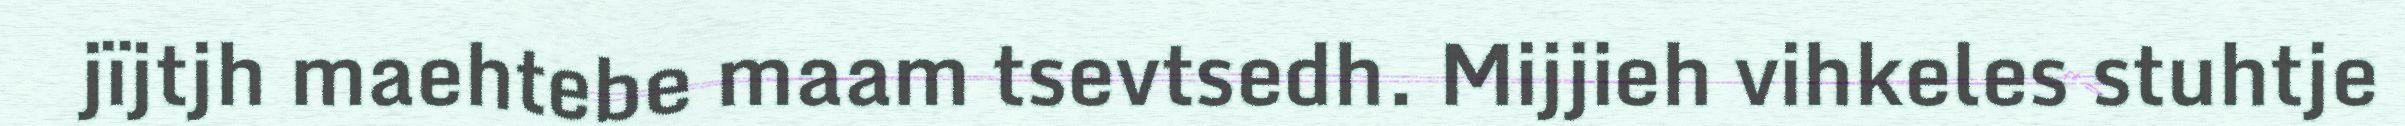
jïjtjh maehtebe maam tsevtsedh. Mijjieh vihkeles stuhtje